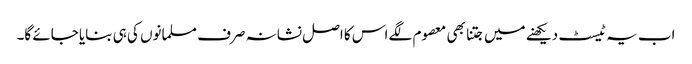
اب یہ ٹیسٹ دیکھنے میں جتنا بھی معصوم لگے اس کا اصل نشانہ صرف مسلمانوں کی ہی بنایا جائے گا۔